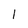
Character: 1